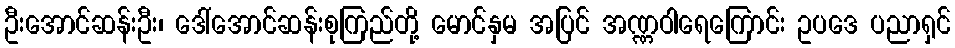
ဦးအောင်ဆန်းဦး၊ ဒေါ်အောင်ဆန်းစုကြည်တို့ မောင်နှမ အပြင် အဏ္ဏဝါရေကြောင်း ဥပဒေ ပညာရှင်